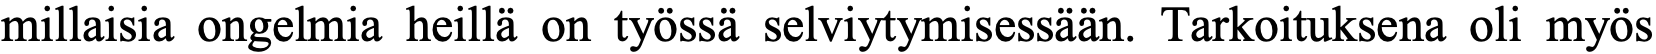
millaisia ongelmia heillä on työssä selviytymisessään. Tarkoituksena oli myös